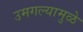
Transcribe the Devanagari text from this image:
उमगल्यामुळे